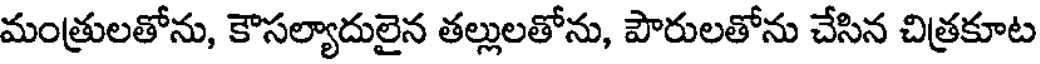
మంత్రులతోను, కౌసల్యాదులైన తల్లులతోను, పౌరులతోను చేసిన చిత్రకూట